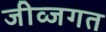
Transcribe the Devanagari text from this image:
जीव्जगत